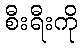
စီးရီးကို